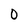
Character: 0